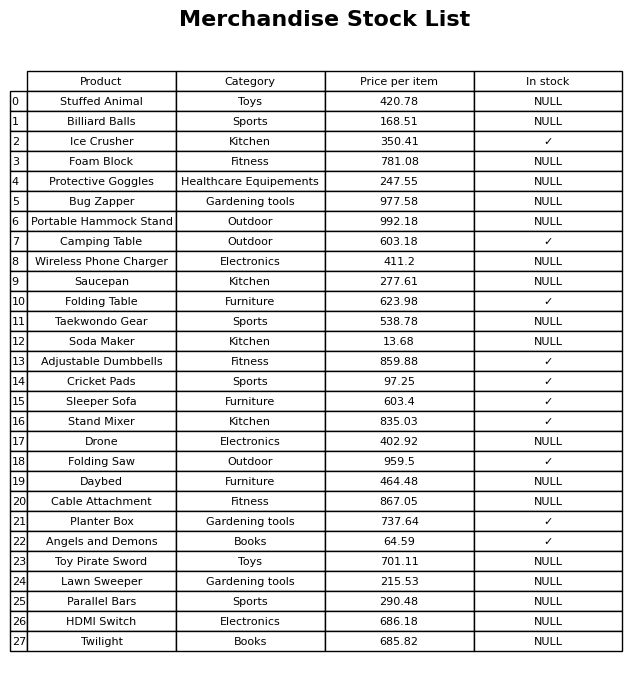
question: What category does the Stand Mixer belong to?
answer: Kitchen